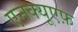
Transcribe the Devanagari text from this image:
एनक्यूएफ़